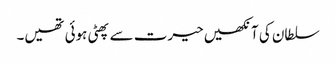
سلطان کی آنکھیں حیرت سے پھٹی ہوئی تھیں۔